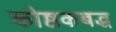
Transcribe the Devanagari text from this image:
कोष्ठकबद्ध